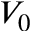
V _ { 0 }